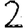
Digit: 2